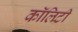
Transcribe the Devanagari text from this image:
कॉलिटी